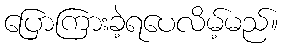
ပြောကြားခဲ့ရပေလိမ့်မည်။